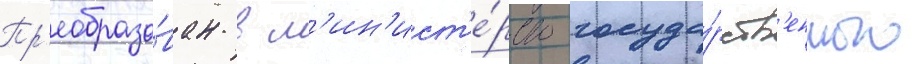
Пр'еобразо́ван в м'ин'ист'е́рство госуда́рств'енного